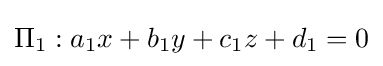
\Pi _{1}:a_{1}x+b_{1}y+c_{1}z+d_{1}=0